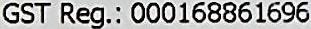
GST REG.: 000168861696